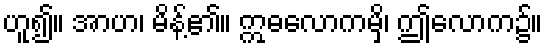
ဟူ၍။ အာဟ၊ မိန့်၏။ ဣဓလောကမှိ၊ ဤလောက၌။